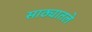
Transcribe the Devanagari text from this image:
साठ्यातले